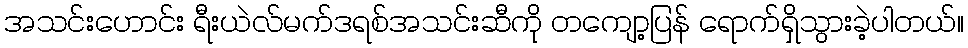
အသင်းဟောင်း ရီးယဲလ်မက်ဒရစ်အသင်းဆီကို တကျော့ပြန် ရောက်ရှိသွားခဲ့ပါတယ်။